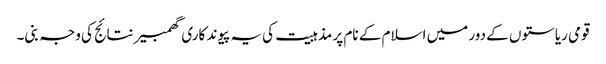
قومی ریاستوں کے دور میں اسلام کے نام پر مذہبیت کی یہ پیوند کاری گھمبیر نتائج کی وجہ بنی۔